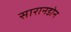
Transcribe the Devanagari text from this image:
सारानडोन